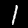
Digit: 1